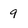
Character: 9